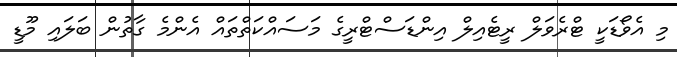
މި އެވޯޑަކީ ޓްރެވަލް ރީޓެއިލް އިންޑަސްޓްރީގެ މަސައްކަތްތައް އެންމެ ގާތުން ބަލައި މޫޑީ